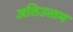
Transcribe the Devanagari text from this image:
अतिउत्‍तम